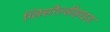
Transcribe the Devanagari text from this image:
ग्लिसरैल्डीहाइड